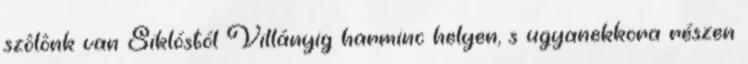
szôlônk van Siklóstól Villányig harminc helyen, s ugyanekkora részen